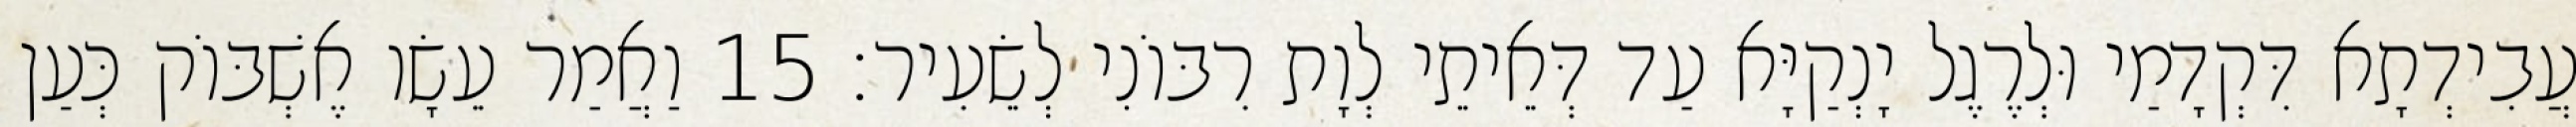
עֲבִידְתָא דִּקְדָמַי וּלְרֶגֶל יָנְקַיָּא עַד דְּאֵיתֵי לְוָת רִבּוֹנִי לְשֵׂעִיר׃ 15 וַאֲמַר עֵשָׂו אֶשְׁבּוֹק כְּעַן